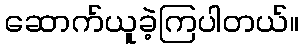
ဆောက်ယူခဲ့ကြပါတယ်။